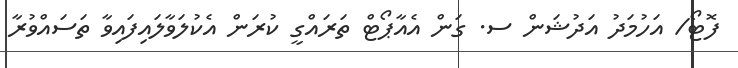
ފޮޓޯ/ އަހުމަދު އަދުޝަން ސ. ގަން އެއާޕޯޓް ތަރައްގީ ކުރަން އެކުލަވާލައިފައިވާ ތަސައްވުރާ